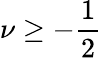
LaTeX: \nu\ge-\frac{1}{2}